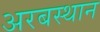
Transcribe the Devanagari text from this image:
अरबस्थान